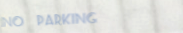
NO PARKING